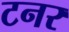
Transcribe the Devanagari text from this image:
टनर